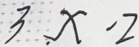
3 x - 2